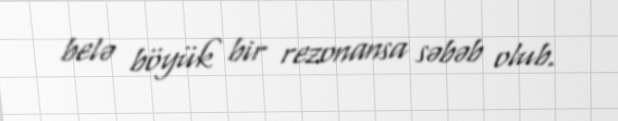
belə böyük bir rezonansa səbəb olub.